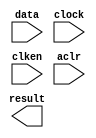
module accum32 (
	data,
	clock,
	clken,
	aclr,
	result)/* synthesis synthesis_clearbox = 1 */;

	input	[31:0]  data;
	input	  clock;
	input	  clken;
	input	  aclr;
	output	[31:0]  result;

endmodule